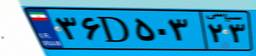
۳۶D۵۰۳۲۳